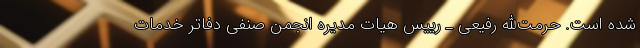
شده است. حرمت‌الله رفیعی ـ رییس هیات مدیره انجمن صنفی دفاتر خدمات